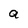
Character: a